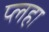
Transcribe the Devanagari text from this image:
प्लहा